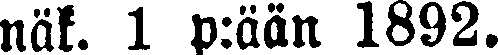
näk. 1 p:ään 1892.